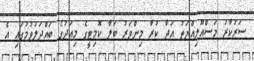
ސަރުކާރު މަސްއޫލިއްޔަތު އަދާ ކުރާ މިންވަރު ބަލާ ކޮމިޓީގެ މިއަދުގެ ބައްދަލުވުމުގައި އެ